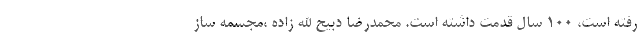
رفته است، 100 سال قدمت داشته است. محمدرضا دبیح الله زاده ،مجسمه ساز